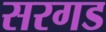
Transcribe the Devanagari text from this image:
सरगड